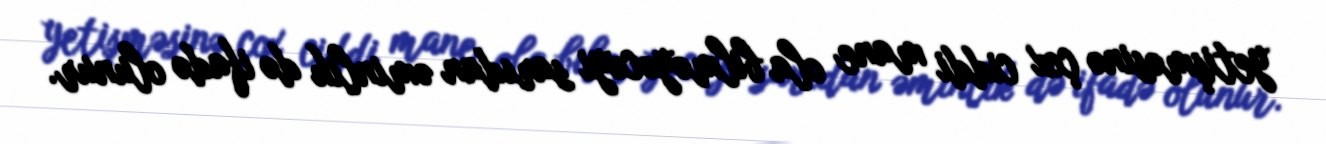
yetişməsinə çox ciddi mane ola bilməyəcəyi sarıdan əminlik də ifadə olunur.